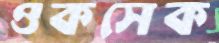
ওকসেক